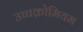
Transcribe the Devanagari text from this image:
उच्चक्रोमियम